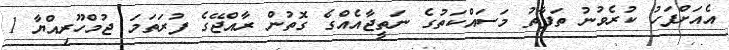
އެއަށްފަހު ކުރެވުނު ތަފާތު މަސައްކަތުގެ ނަތީޖާއެއްގެ ގޮތުން ރާއްޖޭގެ ފުރަތަމަ ޖުމްހޫރިއްޔާ 1